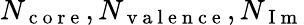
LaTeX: N_{\mathrm{~c~o~r~e~}},N_{\mathrm{~v~a~l~e~n~c~e~}},N_{\mathrm{~I~m~}}